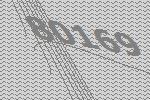
80169